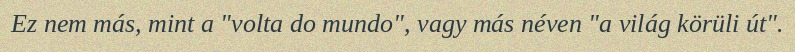
Ez nem más, mint a "volta do mundo", vagy más néven "a világ körüli út".